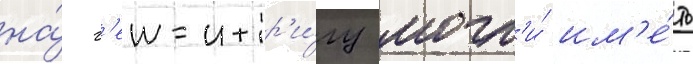
на́ г'еи-интр'и́гу могл'и́ им'е́ть